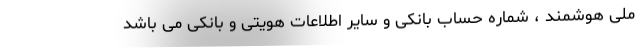
ملی هوشمند ، شماره حساب بانکی و سایر اطلاعات هویتی و بانکی می باشد